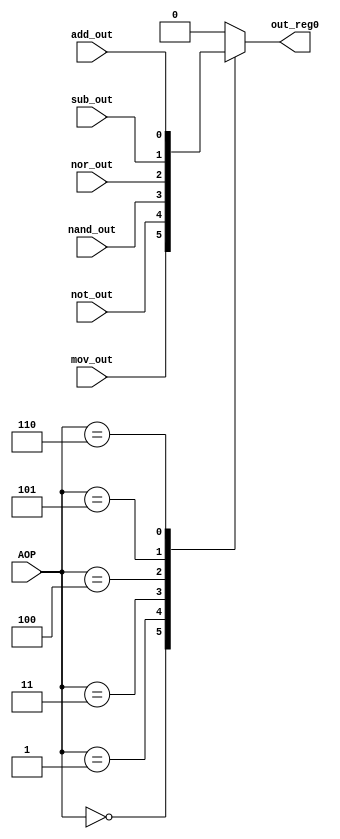
`timescale 1ns / 1ps

module ThreeEightMUX(out_reg0, mov_out, not_out, add_out, sub_out, nor_out, nand_out, AOP);


    input mov_out, not_out, add_out, sub_out, nor_out, nand_out;
    input [2:0] AOP;
    output reg out_reg0;
    

    always@(*)
        begin
        case(AOP)
        
            3'b000: out_reg0 = mov_out;  
            3'b001: out_reg0 = not_out;
            3'b011: out_reg0 = nand_out;
            3'b100: out_reg0 = nor_out;
            3'b101: out_reg0 = sub_out;
            3'b110: out_reg0 = add_out;
            default: out_reg0 = 0;
            
        endcase
    end    
    
endmodule